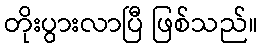
တိုးပွားလာပြီ ဖြစ်သည်။